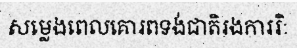
សម្លេងពេលគោរពទង់ជាតិរងការរិៈ